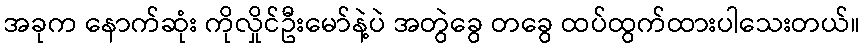
အခုက နောက်ဆုံး ကိုလှိုင်ဦးမော်နဲ့ပဲ အတွဲခွေ တခွေ ထပ်ထွက်ထားပါသေးတယ်။